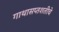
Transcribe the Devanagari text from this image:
गाथासप्तशतीचे